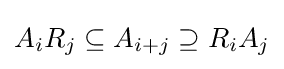
A_{i}R_{j}\subseteq A_{i+j}\supseteq R_{i}A_{j}